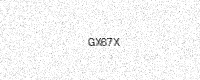
Text: GX67X